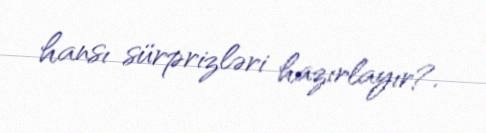
hansı sürprizləri hazırlayır?.